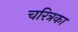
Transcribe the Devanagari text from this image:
चरित्रका